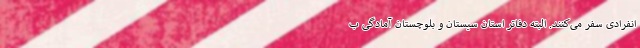
انفرادی سفر می‌کنند. البته دفاتر استان سیستان و بلوچستان آمادگی ب